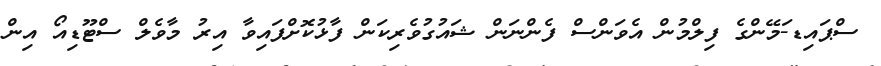
ސްޕައިޑ-ަމޭންގެ ފިލްމުން އެވަންސް ފެންނަން ޝައުގުވެރިކަން ފާޅުކޮށްފައިވާ އިރު މާވެލް ސްޓޫޑިއޯ އިން